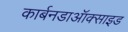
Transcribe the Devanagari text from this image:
कार्बनडाऑक्साइड